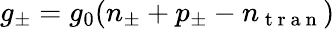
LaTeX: g_{\pm}=g_{0}(n_{\pm}+p_{\pm}-n_{\mathrm{~t~r~a~n~}})